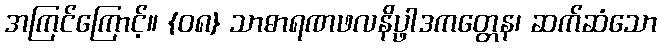
အကြင်ကြောင့်။ {၀၈} သာဓာရဏဖလနိပ္ဖာဒကတ္တေန၊ ဆက်ဆံသော